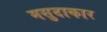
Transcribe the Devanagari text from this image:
मसुदाकार